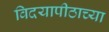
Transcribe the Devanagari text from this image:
विदयापीठाच्या